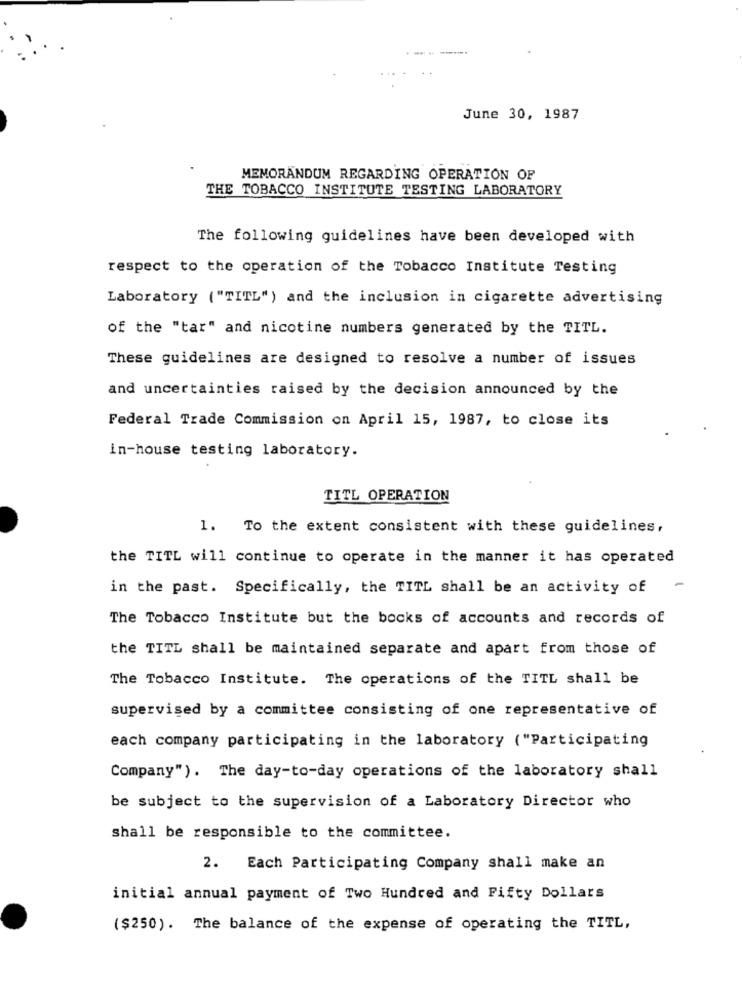
June 30, 1987
MEMORANDUM REGARDING OPERATION OF
THE TOBACCO INSTITUTE TESTING LABORATORY
The following guidelines have been developed with
respect to the operation of the Tobacco Institute Testing
Laboratory ("TITL") and the inclusion in cigarette advertising
of the "tar" and nicotine numbers generated by the TITL.
These guidelines are designed to resolve a number of issues
and uncertainties raised by the decision announced by the
Federal Trade Commission on April 15, 1987, to close its
in-house testing laboratory.
TITL OPERATION
1. To the extent consistent with these guidelines,
the TITL will continue to operate in the manner it has operated
in the past. Specifically, the TITL shall be an activity of
-
The Tobacco Institute but the books of accounts and records of
the TITL shall be maintained separate and apart from those of
The Tobacco Institute. The operations of the TITL shall be
supervised by a committee consisting of one representative of
each company participating in the laboratory ("Participating
Company"). The day-to-day operations of the laboratory shall
be subject to the supervision of a Laboratory Director who
shall be responsible to the committee.
2. Each Participating Company shall make an
initial annual payment of Two Hundred and Fifty Dollars
($250). The balance of the expense of operating the TITL,